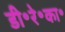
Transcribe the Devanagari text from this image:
डी॰रे॰का॰